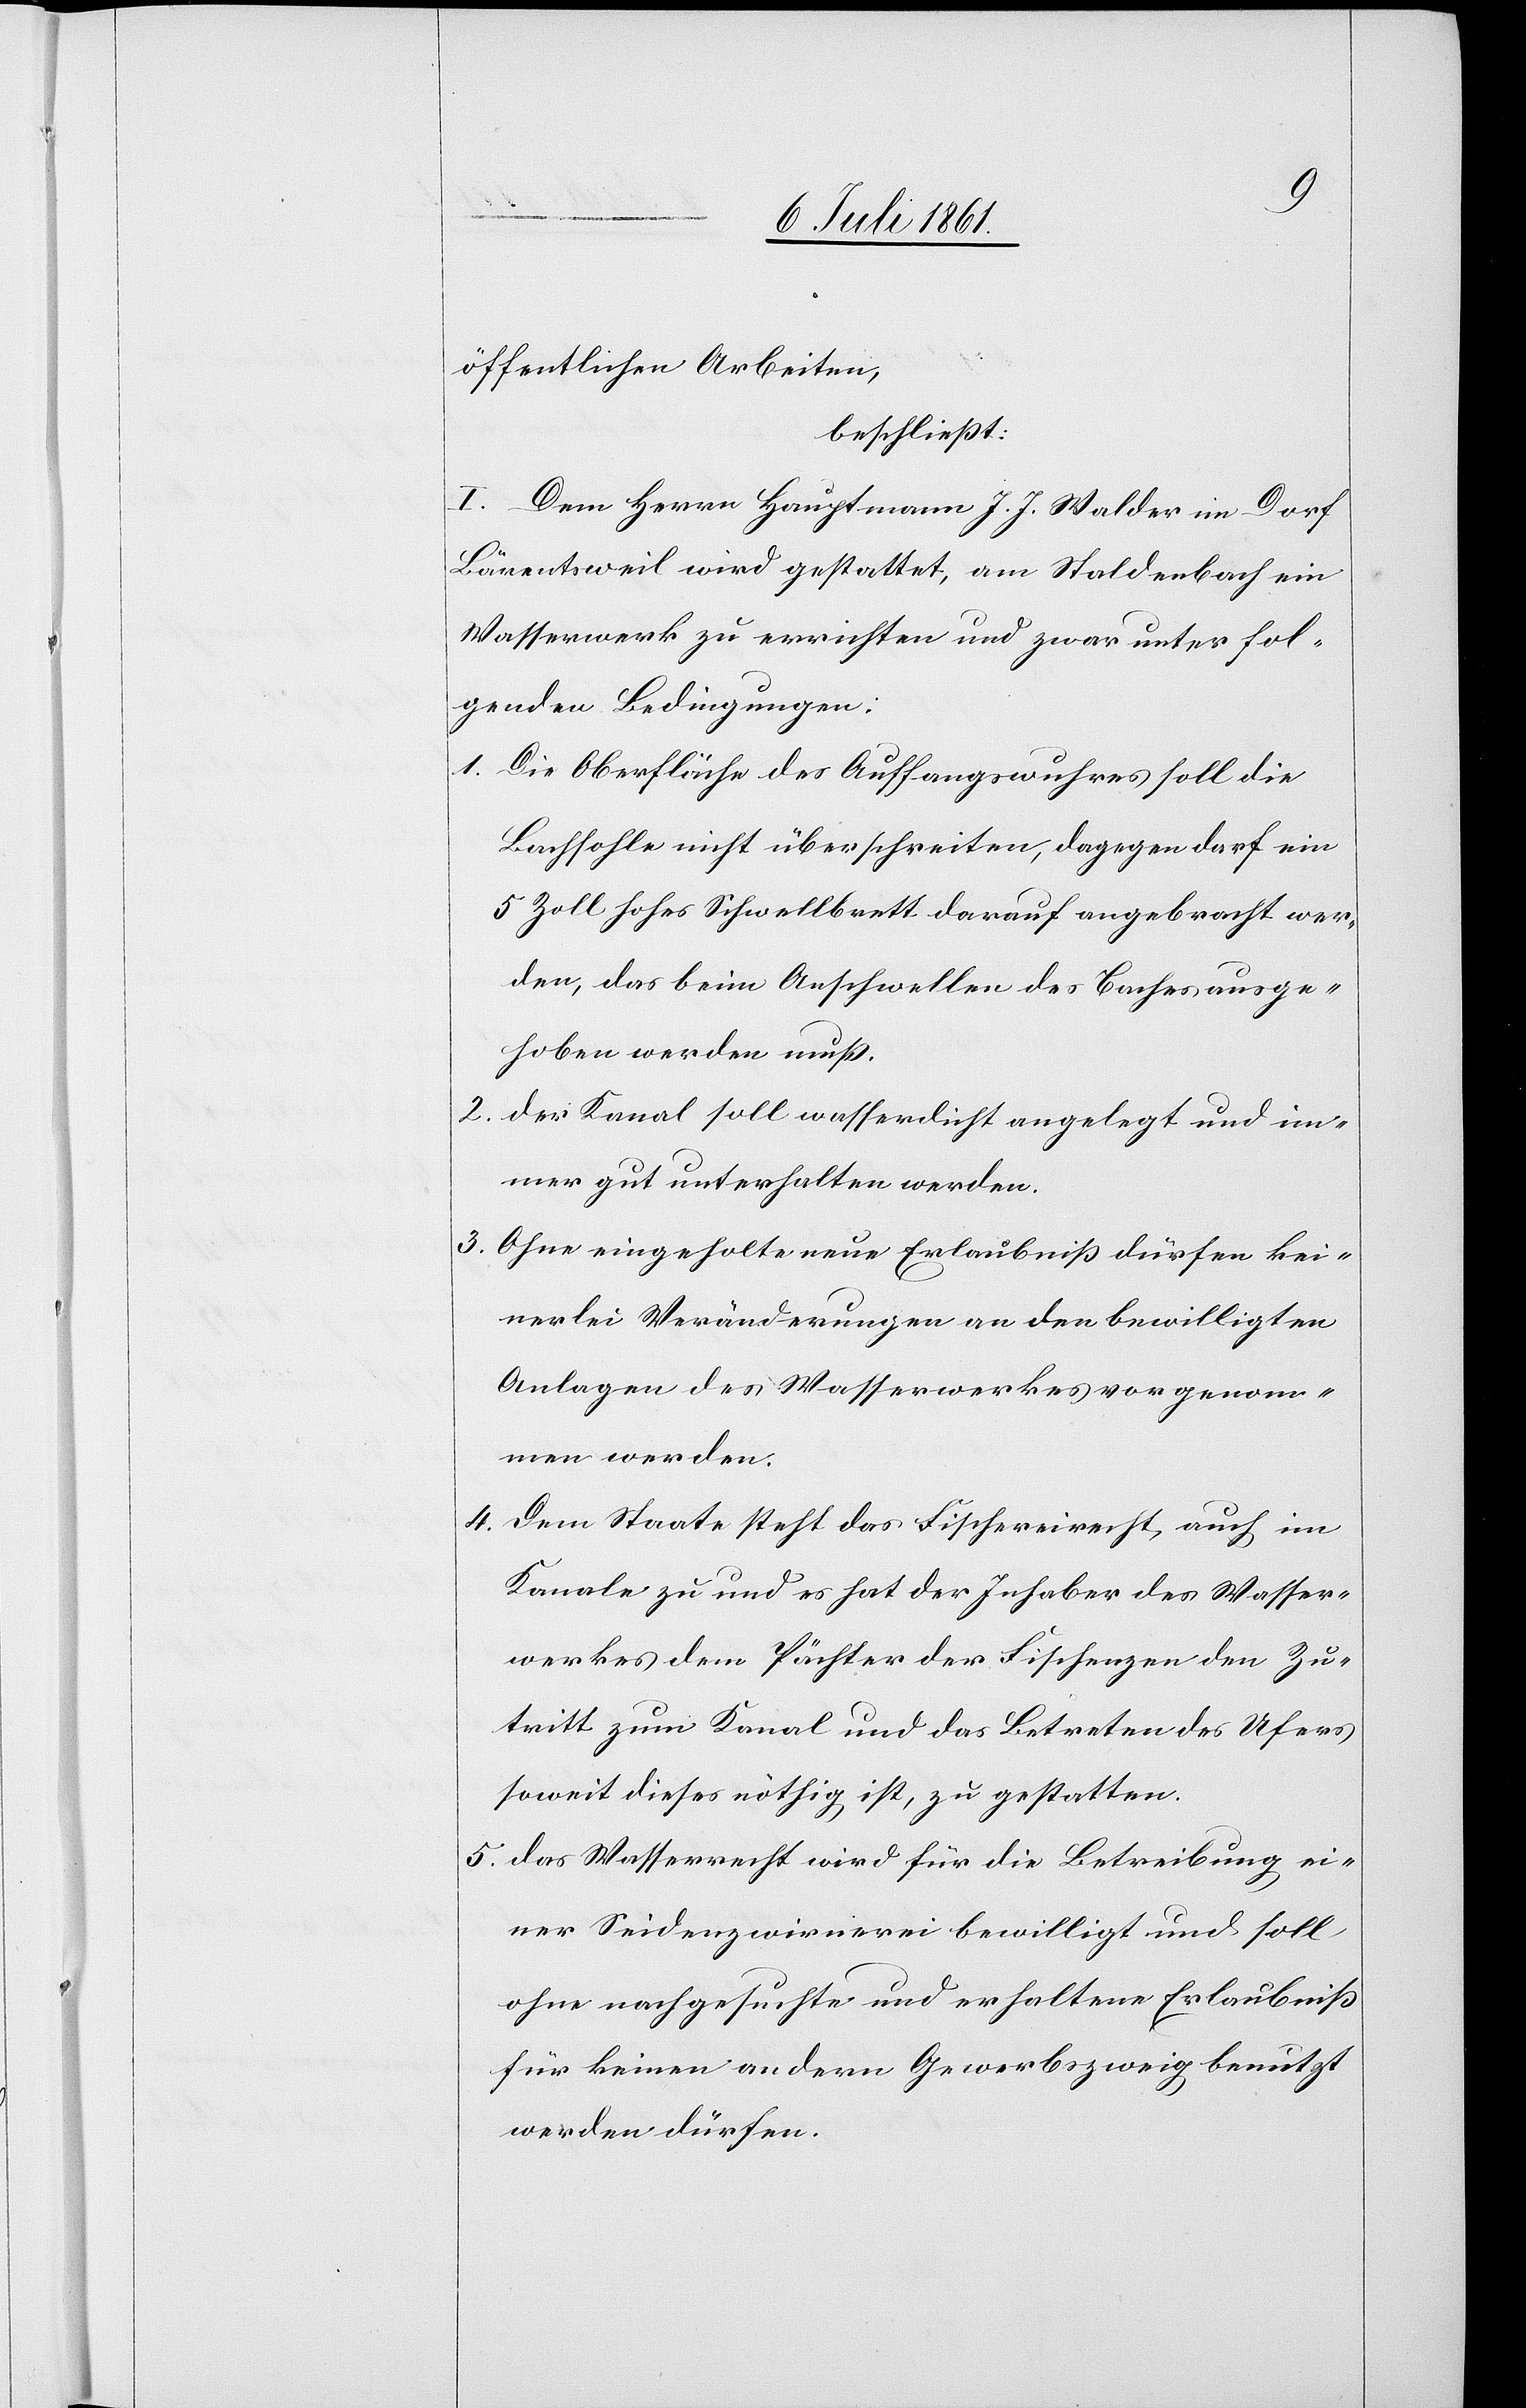
öffentlichen Arbeiten,
beschließt:
I. Dem Herrn Hauptmann J. J. Walder im Dorf
Bärentsweil wird gestattet, am Stalderbach ein
Wasserwerk zu errichten und zwar unter fol¬
genden Bedingungen:
1. Die Oberfläche des Auffangswuhres soll die
Bachsohle nicht überschreiten, dagegen darf ein
5 Zoll hohes Schwellbrett darauf angebracht wer¬
den, das beim Anschwellen des Baches ausge¬
hoben werden muß.
2. der Kanal soll wasserdicht angelegt und im¬
mer gut unterhalten werden.
3. Ohne eingeholte neue Erlaubniß dürfen kei¬
nerlei Veränderungen an den bewilligten
Anlagen des Wasserwerkes vorgenom¬
men werden.
4. Dem Staate steht das Fischereirecht, auch im
Kanale zu und es hat der Inhaber des Wasser¬
werkes dem Pächter der Fischenzen den Zu¬
tritt zum Kanal und das Betreten des Ufers
soweit dieses nöthig ist, zu gestatten.
5. das Wasserrecht wird für die Betreibung ei¬
ner Seidenzwirnerei bewilligt und soll
ohne nachgesuchte und erhaltene Erlaubniß
für keinen andern Gewerbszweig benutzt
werden dürfen.